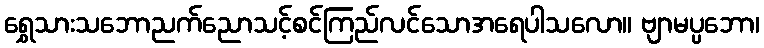
ရွှေသားသဘောညက်ညောသင့်စင်ကြည်လင်သောအရေပါသလော။ ဗျာမပ္ပဘော၊